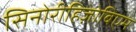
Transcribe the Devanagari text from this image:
सिनोरीहिज़ोबिएम